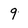
Character: 9